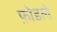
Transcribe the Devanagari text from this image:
फ़ोडले